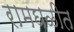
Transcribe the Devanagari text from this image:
रामघळीत